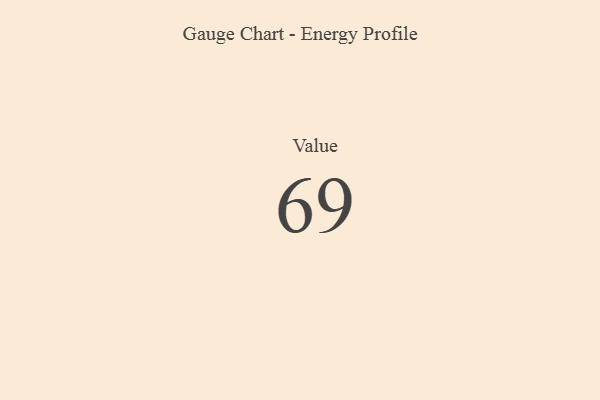
{"axis": {"x": "Metric", "y": "Value"}, "legend": [""], "data": [{"x": "Value", "y": 69, "type": ""}]}